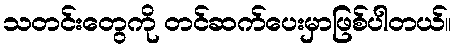
သတင်းတွေကို တင်ဆက်ပေးမှာဖြစ်ပါတယ်။